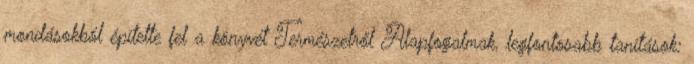
mondásokból építette fel a könyvét Természetről Alapfogalmak, legfontosabb tanítások: